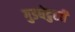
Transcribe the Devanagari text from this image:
गुडघेदुखी